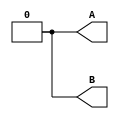
module top_module ( output reg A, output reg B );//

    // generate input patterns here
    
    initial begin
        A = 1'b0;
        #10 A = 1'b1;
        #10 A = 1'b0;
    end
    
    initial begin
        B = 1'b0;
        #15 B = 1'b1;
        #25 B = 1'b0;
    end

endmodule